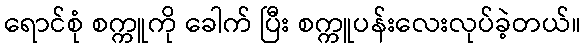
ရောင်စုံ စက္ကူကို ခေါက် ပြီး စက္ကူပန်းလေးလုပ်ခဲ့တယ်။